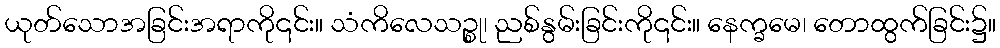
ယုတ်သောအခြင်းအရာကို၎င်း။ သံကိလေသဉ္စု၊ ညစ်နွမ်းခြင်းကို၎င်း။ နေက္ခမေ၊ တောထွက်ခြင်း၌။